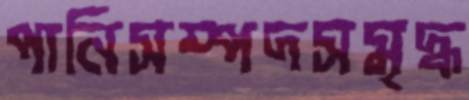
পানিসম্পদসমৃদ্ধ